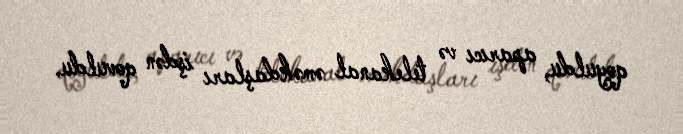
qoyuldu, aparıcı və telekanal əməkdaşları işdən qovuldu.